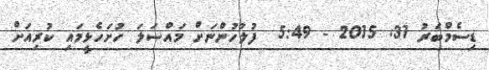
ޑިސެމްބަރު 31